Leaving Certificate Examination, 1914
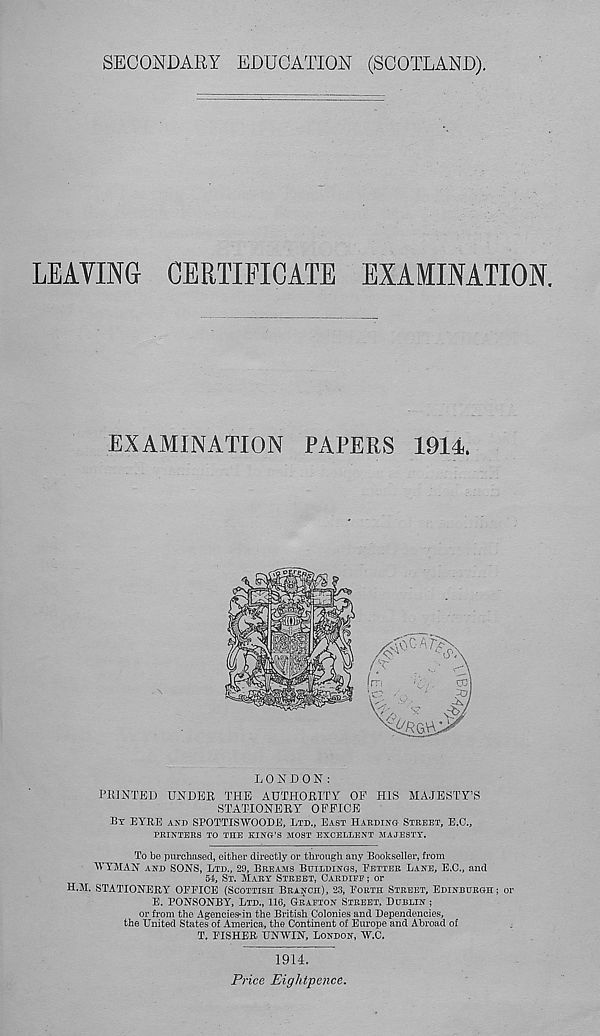
SECONDARY EDUCATION (SCOTLAND).
LEAVING CERTIFICATE EXAMINATION.
EXAMINATION PAPERS 1914.
LONDON:
PKJXTED UNDER THE AUTHORITY OP HIS MAJESTY’S
STATIONERY OFFICE
BY EYRE AND SPOTTISWOODE, LTD.. EAST HARDING STREET, E.C.,
PRINTERS TO THE KING'S MOST EXCELLENT MAJESTY.
To be purchased, either directly or through any Bookseller, from
WYMAN AND SONS, LTD., 2D, BREAMS BUILDINGS, FETTER LANE, E.O., and
54, ST. MARY STREET, OARDIPE ; or
H.M. STATIONERY r OFFICE (SCOTTISH BRANCH), 23, FORTH STREET, EDINBURGH ; or
E. FONSONBY, LTD., 116, GRAFTON STREET, DUBLIN ;
or from the Agenciesdn the British Colonies and Dependencies,
the United States of America, the Continent of Europe and Abroad of
T. FISHER UNWIN, LONDON, W.C.
1914.
Price Eightpence.